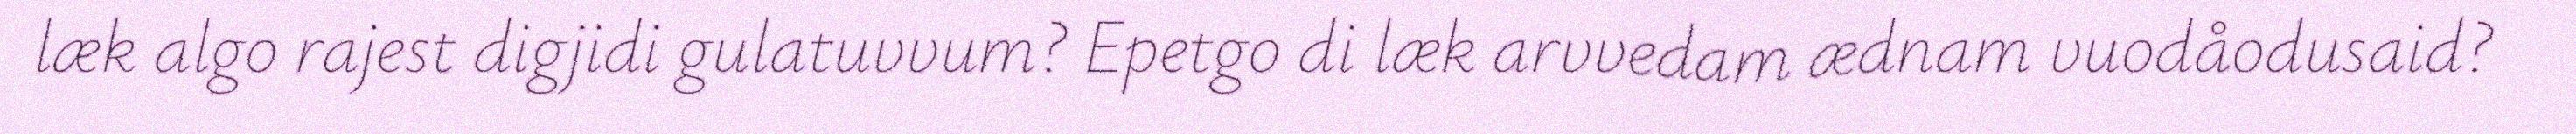
læk algo rajest digjidi gulatuvvum? Epetgo di læk arvvedam ædnam vuodåodusaid?